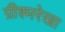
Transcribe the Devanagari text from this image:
ग्रीश्मरेखा